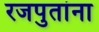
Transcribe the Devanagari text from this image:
रजपुतांना